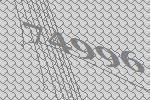
74996